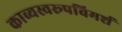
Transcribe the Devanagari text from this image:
काव्यस्वरूपविमर्श